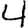
Digit: 4